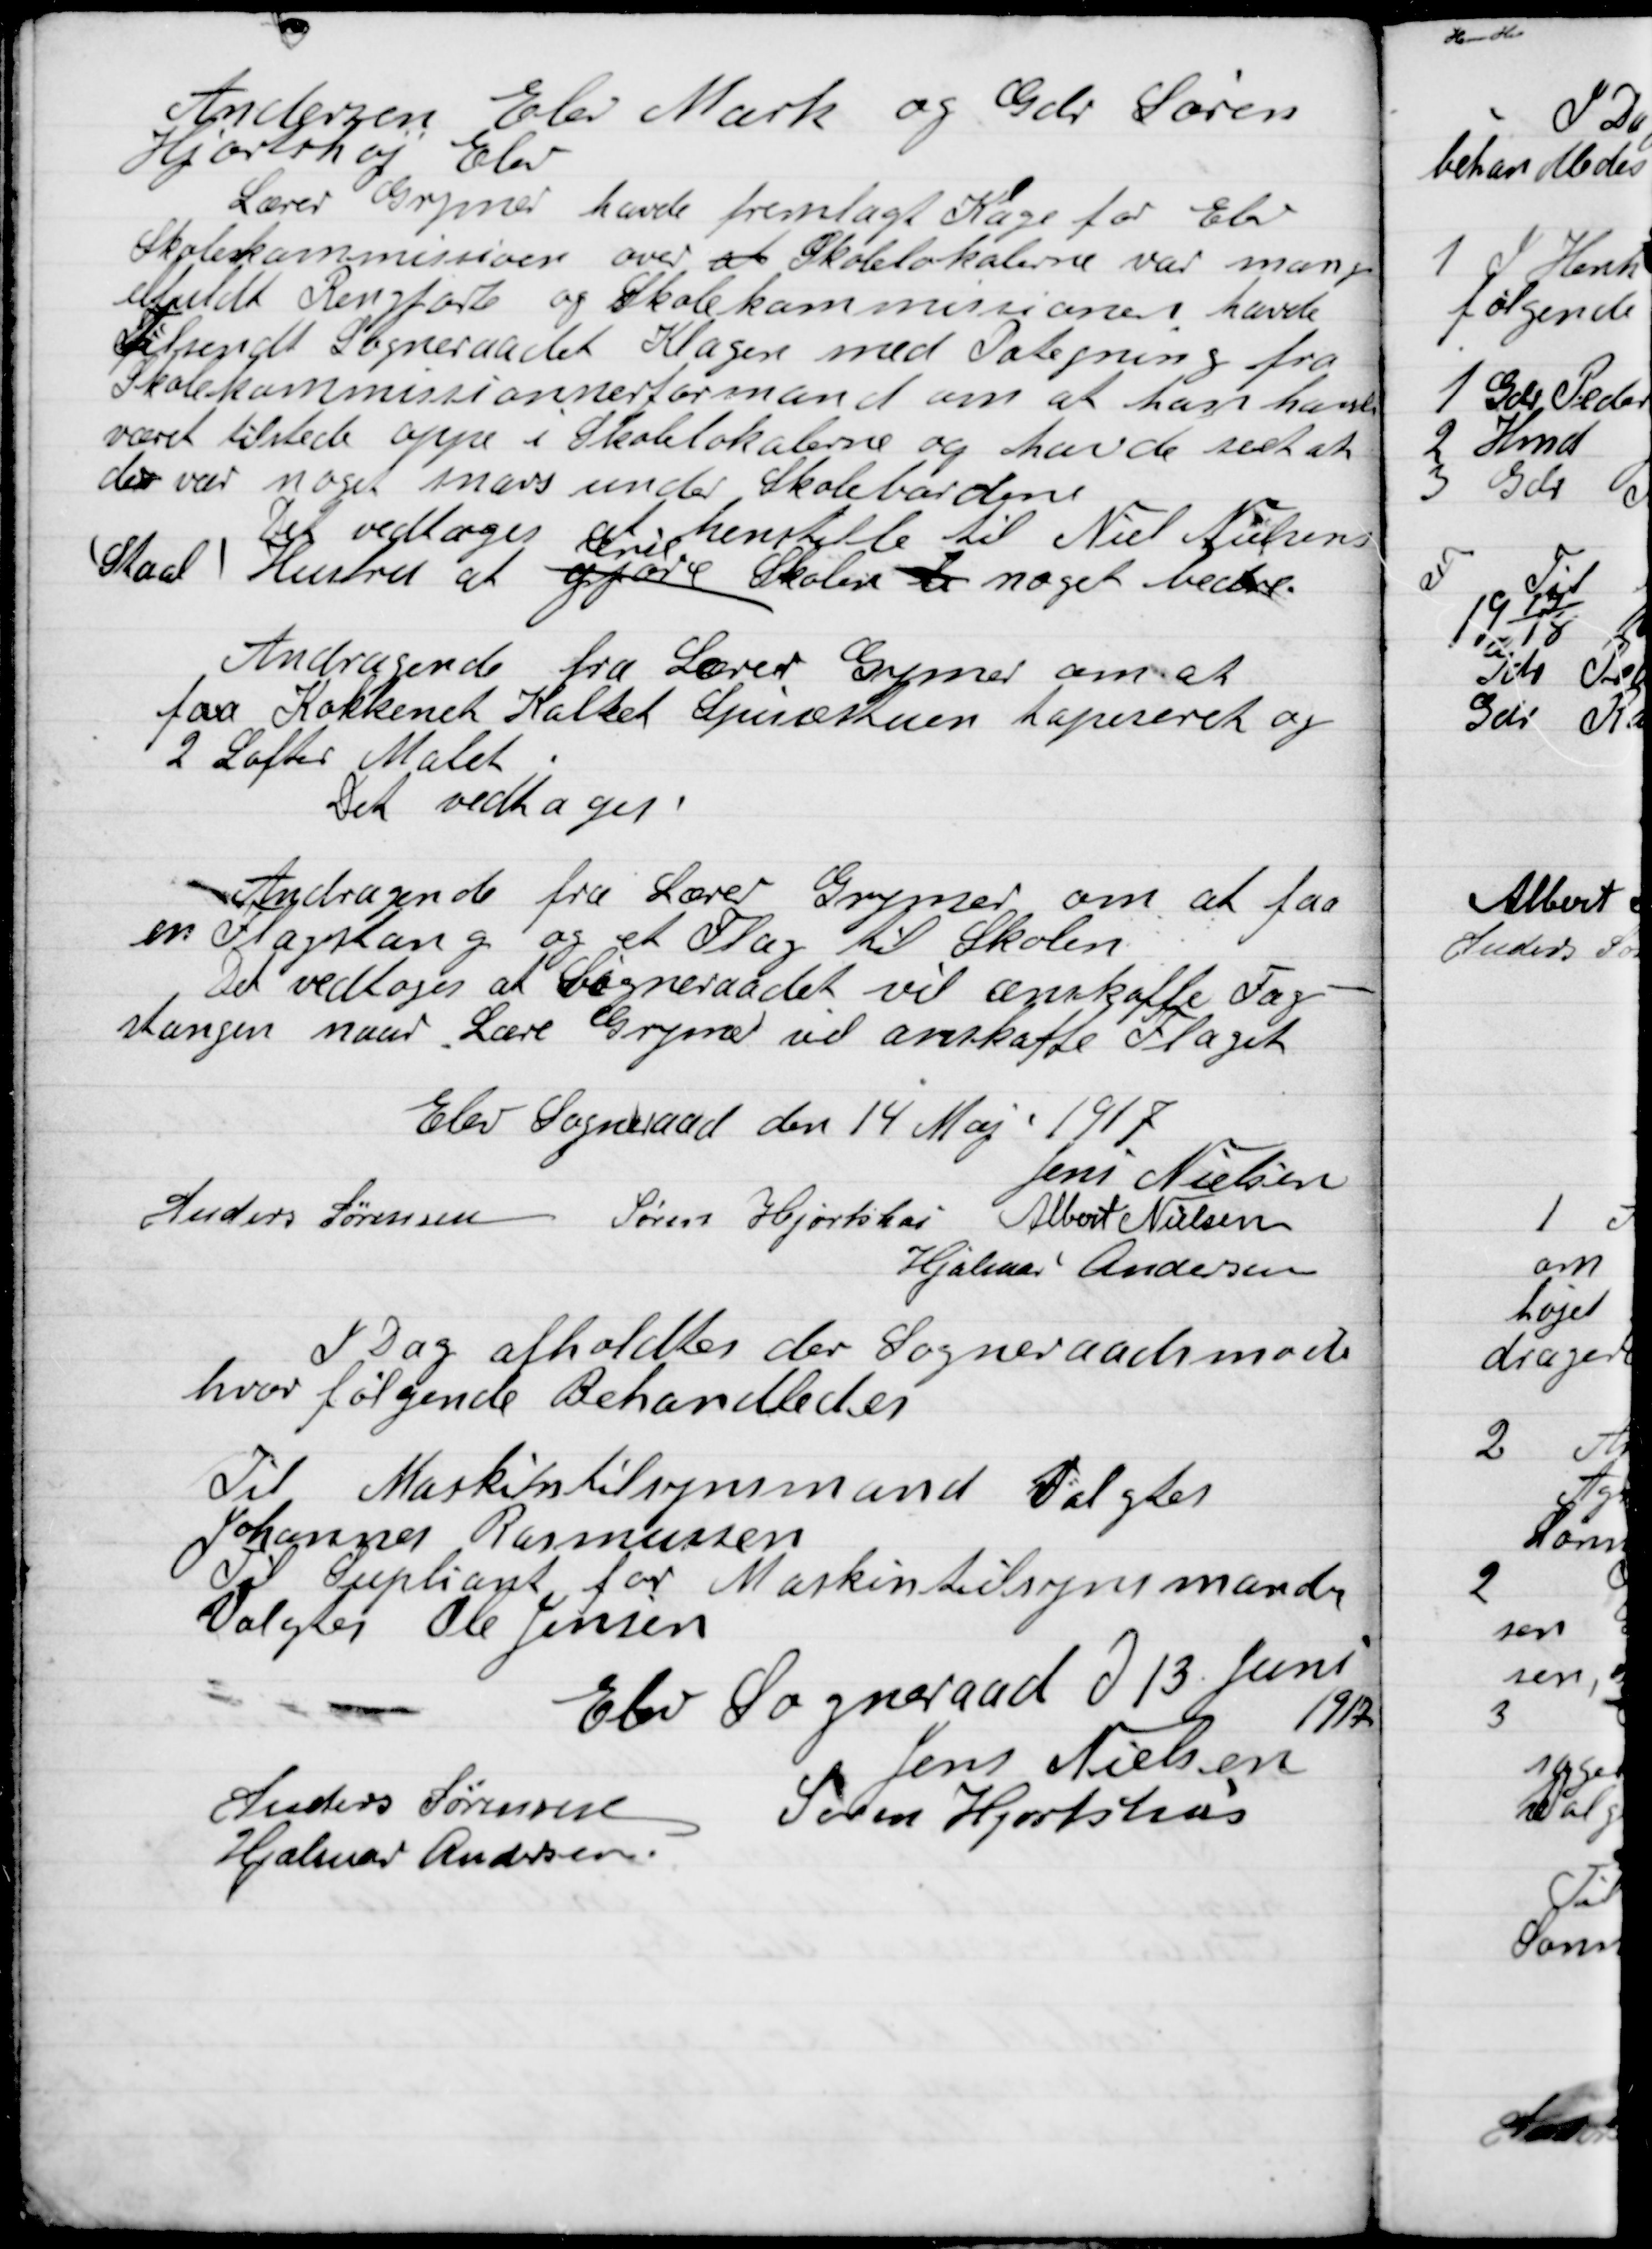
Transskription:
Andersen Elev Mark og Gdr. Søren
Hjortshøj Elev

Lærer Grymer havde fremlagt Klage for Elev
Skolekommission over at Skolelokalerne var mang-
elfuldt Rengjorte og Skolekommissionen havde
Tilsendt Sogneraadet Klagen med Paategning fra
Skolekommissionensformanden om at han havde
været tilstede oppe i Skolelokalerne og havde sikret
der var noget snavs under Skolebordene.
Det vedtoges at henstille til Niels Nielsens
(Staal) Hustru at gjøre

Skolen b noget bedre.

Andragende fra Lærer Gunnar om at
faa Køkkenet Kalket, Spisestuen tapeseret og
2 Lofter Malet
Det vedtoges.

Andragende fra Lærer Grymer om at faa
en Flagstang og et Flag til Skolen
Det vedtoges at Sogneraadet vil anskaffe Flag-
Stangen naar Lære Gunnar vil anskaffe Flaget.

Elev Sogneraad den 14 Maj 1917

Jens Nielsen
Anders Sørensen
Søren Hjortshøi
Albert Nielsen
Hjalmar Andersen

I Dag afholdtes der Sogneraadsmøde
hvor følgende Behandledes

Til Maskintilsynsmand Valgtes
Johannes Rasmussen
Til Suppleant for Maskintilsynsmanden
Valgtes Ole Jensen

Elev Sogneraad D. 13 Juni
1917

Jens Nielsen
Anders Sørensen
Søren Hjortshøi
Hjalmar Andersen